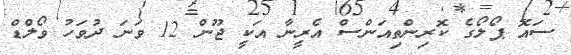
ސައޮ ޕޯލޯގެ ކޮރިންތިއަންސް އެރީނާ އަކީ ޖޫން 12 ވަނަ ދުވަހު ވޯލްޑް